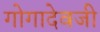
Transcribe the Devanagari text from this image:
गोगादेवजी